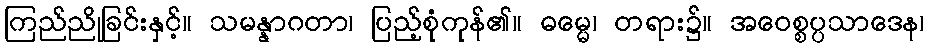
ကြည်ညိုခြင်းနှင့်။ သမန္နာဂတာ၊ ပြည့်စုံကုန်၏။ ဓမ္မေ၊ တရား၌။ အဝေစ္စပ္ပသာဒေန၊